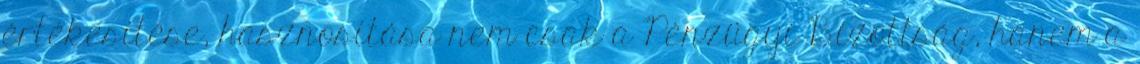
értékesítése, hasznosítása nem csak a Pénzügyi Bizottság, hanem a